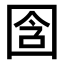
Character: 𫭉